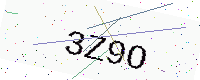
Text: 3Z9O